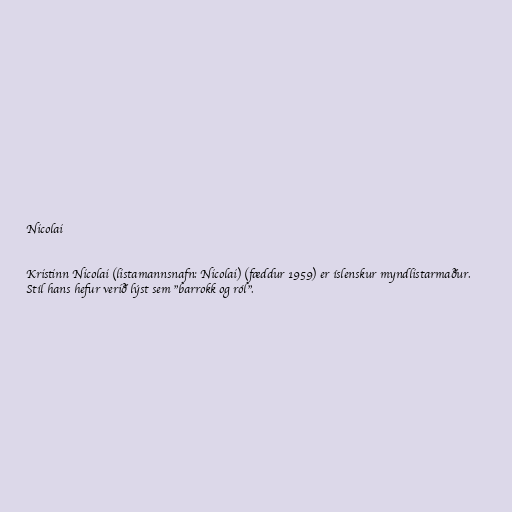
Nicolai

Kristinn Nicolai (listamannsnafn: Nicolai) (fæddur 1959) er íslenskur myndlistarmaður.
Stíl hans hefur verið lýst sem "barrokk og ról".